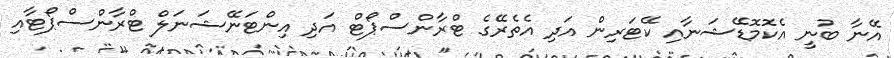
އޭނާ ބުނީ އެކޮމޮޑޭޝަނާއި ކޭޓަރިން އަދި އެތެރޭގެ ޓްރާންސްޕޯޓް އަދި އިންޓަނޭޝަނަލް ޓްރާންސްޕޯޓާއި